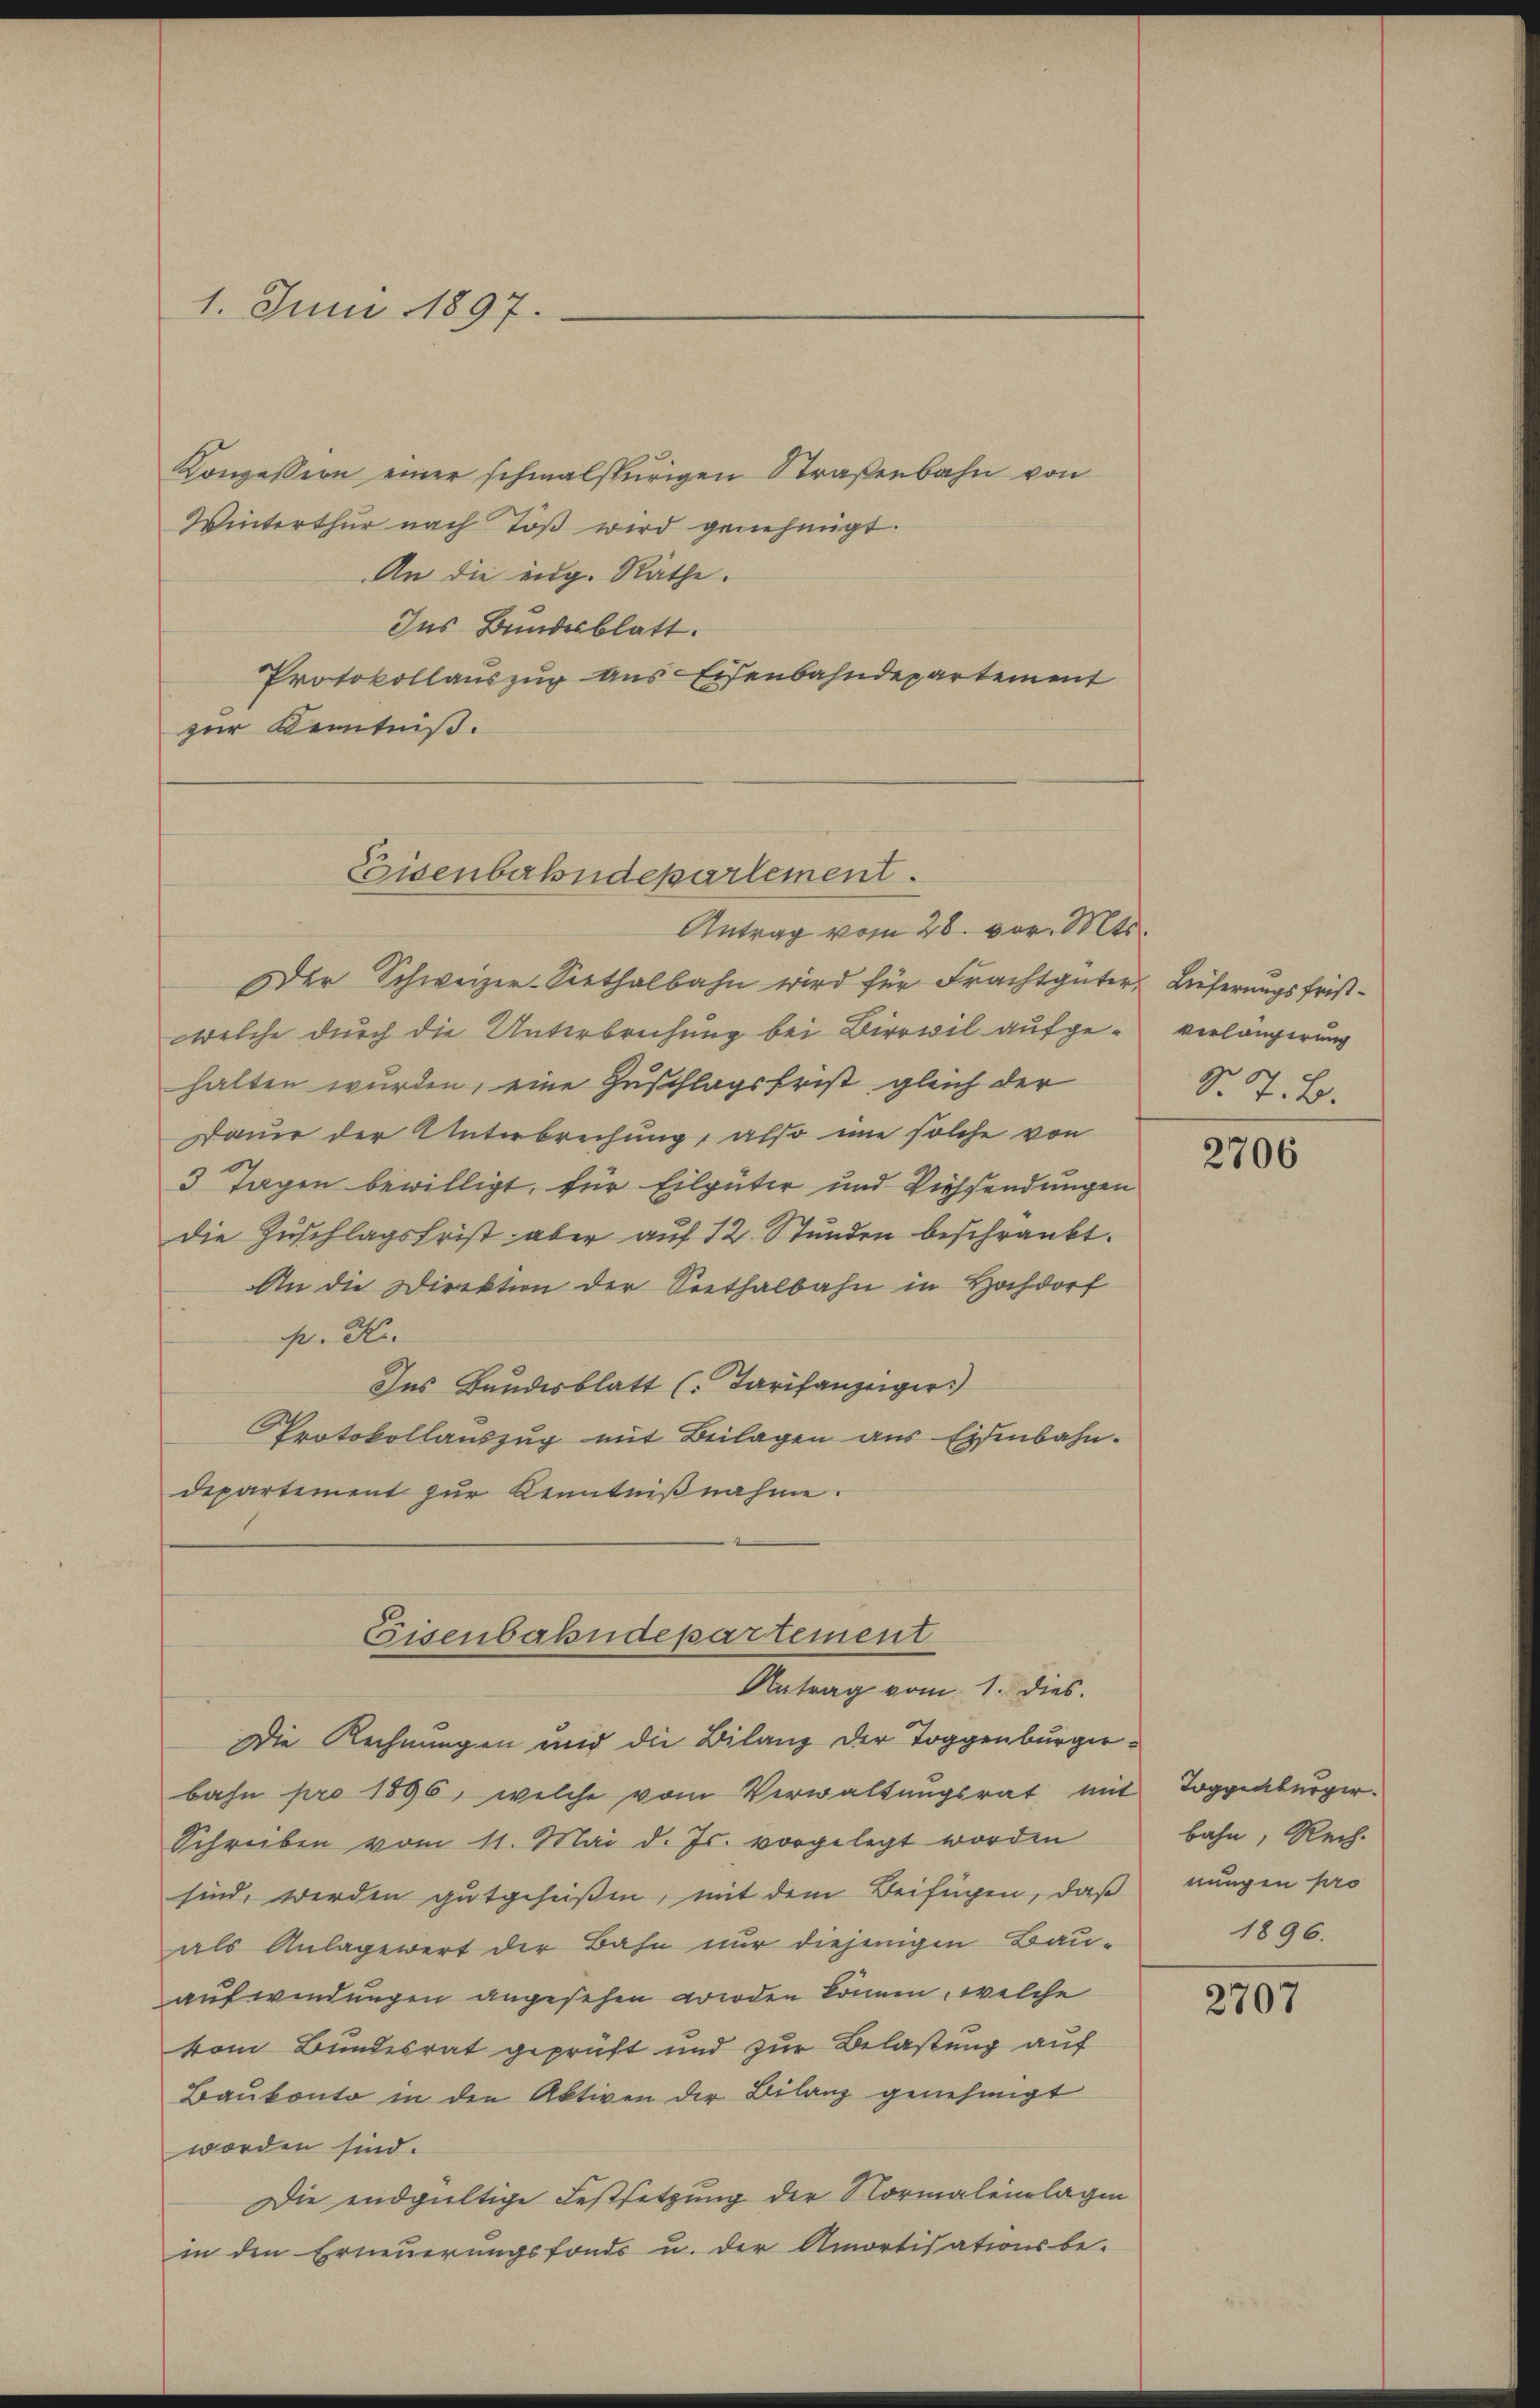
1. Juni 1897.

Konzession einer schmalspurigen Straßenbahn von
Winterthur nach Töß wird genehmigt.
An die eidg. Räthe.
Ins Bundesblatt.
Protokollauszug aus Eisenbahndepartement
zur Kenntniß.

Eisenbahndepartement.
Antrag vom 28. vor. Mts.

Der Schweizer-Seethalbahn wird für Frachtgüter, Lieferungsfristwelche durch die Unterbrechung bei Birrwil aufgehalten wurden, eine Zuschlagsfrist gleich der
Dauer der Unterbrechung, also eine solche von
3 Tagen bewilligt, für Eilgüter und Viehsendungen
die Zuschlagsfrist aber auf 12 Stunden beschränkt.
An die Direktion der Seethalbahn in Hochdorf
p. Kr.
Ins Bandesblatt (Tarifanzeiger
Protokollauszug mit Beilagen aus Eisenbahn-
departement zur Kenntnißnahme.

Eisenbahndepartement
Antrag vom 1. dies

Die Rechnungen und die Bilanz der Toggenburgerbahn pro 1896, welche vom Verwaltungsrat mit
Schreiben vom 11. Mai d. Js. vorgelegt worden
sind werden gutgeheißen, mit dem Beifügen, daß
als Anlagewert der Bahn nur diejenigen Bauaufwendungen angesehen werden können, welche
vom Bundesrat geprüft und zur Belastung auf
Baukonto in den Aktiven der Bilanz genehmigt
worden sind.
Die endgültige Festsetzung der Normalenlagen
in den Erneuerungsfonds u. der Amortisationsbe-

verlängerung
S. J. B.

2706

Toggenbürger.
bahn, Rech
nungen pro
1896.

2707